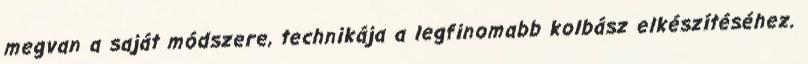
megvan a saját módszere, technikája a legfinomabb kolbász elkészítéséhez.